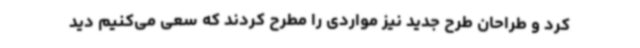
کرد و طراحان طرح جدید نیز مواردی را مطرح کردند که سعی می‌کنیم دید